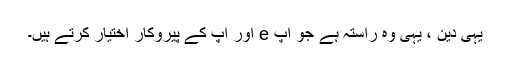
یہی دین ، یہی وہ راستہ ہے جو آپ e اور آپ کے پیروکار اختیار کرتے ہیں۔